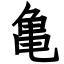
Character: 亀